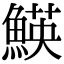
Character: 𩹅